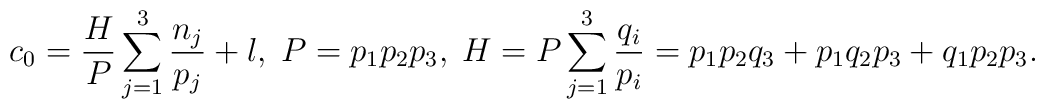
c_{0}=\frac{H}{P}\sum_{j=1}^{3}\frac{n_{j}}{p_{j}}+l,\;P=p_{1}p_{2}p_{3},\;H=P\sum_{j=1}^{3}\frac{q_{i}}{p_{i}}=p_{1}p_{2}q_{3}+p_{1}q_{2}p_{3}+q_{1}p_{2}p_{3}.